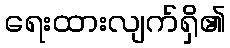
ရေးထားလျက်ရှိ၏